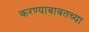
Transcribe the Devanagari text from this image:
करण्याबाबतच्या